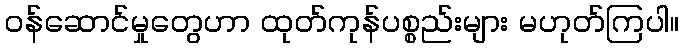
ဝန်ဆောင်မှုတွေဟာ ထုတ်ကုန်ပစ္စည်းများ မဟုတ်ကြပါ။